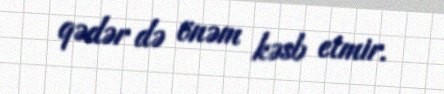
qədər də önəm kəsb etmir.